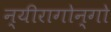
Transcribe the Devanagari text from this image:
न्यीरागोन्गो